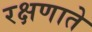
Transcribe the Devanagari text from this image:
रक्षणाते